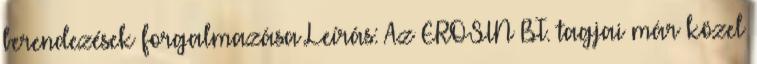
berendezések forgalmazása Leírás: Az EROSIN BT. tagjai már közel